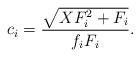
LaTeX: \begin{align*}c_i=\frac{\sqrt{XF_i^2+F_i}}{f_iF_i}.\end{align*}